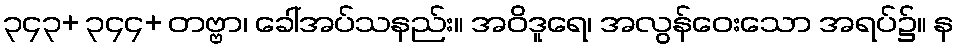
၃၄၃+ ၃၄၄+ တဗ္ဗာ၊ ခေါ်အပ်သနည်း။ အဝိဒူရေ၊ အလွန်ဝေးသော အရပ်၌။ န